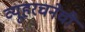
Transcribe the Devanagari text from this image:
व्यूहरचनेची